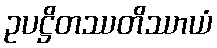
ဥပဋ္ဌိတဿတိဿာယံ